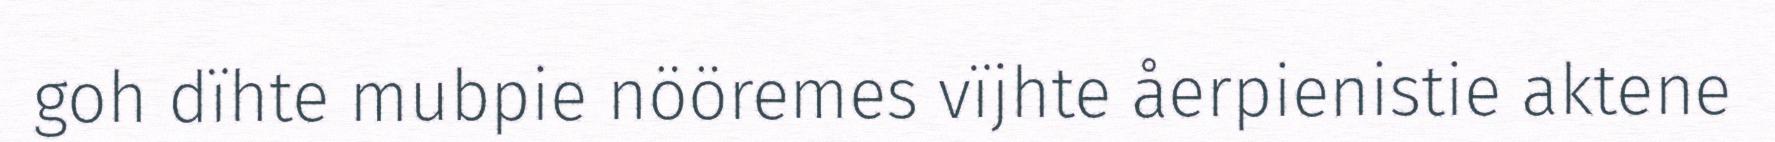
goh dïhte mubpie nööremes vïjhte åerpienistie aktene